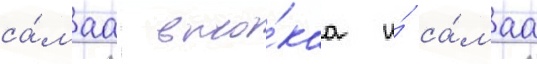
са́маа высо́каа и́ са́маа